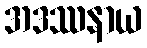
အဒဿနာယ